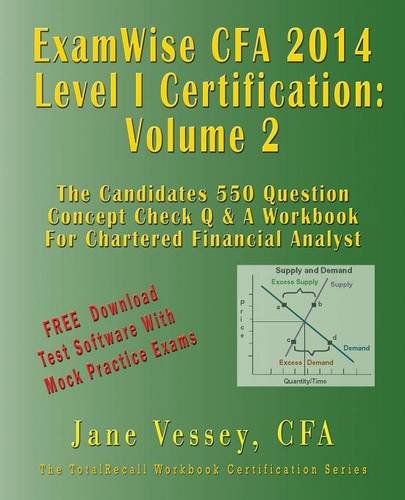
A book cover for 2014 Cfa Level I Certification Examwise Volume 2 the Candidates Question & Answer Workbook for Chartered Financial Analyst Exam with Download Software; Jane Vessey; Business & Money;